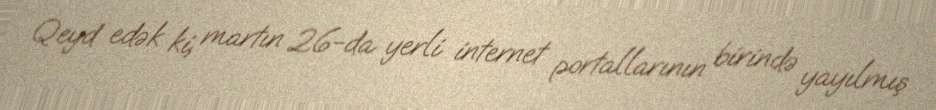
Qeyd edək ki, martın 26-da yerli internet portallarının birində yayılmış